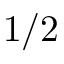
1 / 2